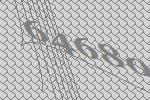
64680